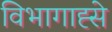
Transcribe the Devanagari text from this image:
विभागाह्से